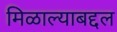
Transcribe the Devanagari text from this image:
मिळाल्याबद्दल